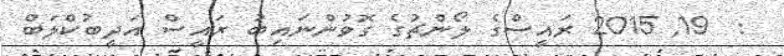
:  19